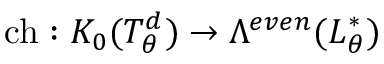
\mathrm { c h } : K _ { 0 } ( T _ { \theta } ^ { d } ) \to \Lambda ^ { e v e n } ( L _ { \theta } ^ { * } )